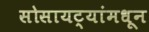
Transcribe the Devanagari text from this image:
सोसायट्यांमधून